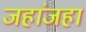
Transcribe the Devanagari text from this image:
जहांजहां